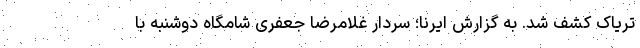
تریاک کشف شد. به گزارش ایرنا؛ سردار غلامرضا جعفری شامگاه دوشنبه با